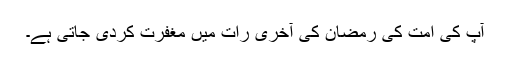
آپ کی امت کی رمضان کی آخری رات میں مغفرت کردی جاتی ہے۔